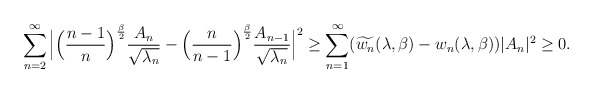
\begin{align*}{}\displaystyle\sum_{n=2}^{\infty}\Big|\Big(\frac{n-1}{n}\Big)^{\frac{\beta}{2}}\frac{A_n}{\sqrt{\lambda_{n}}}-\Big(\frac{n}{n-1}\Big)^{\frac{\beta}{2}}\frac{A_{n-1}}{\sqrt{\lambda_{n}}}\Big|^{2}& \geq \displaystyle\sum_{n=1}^{\infty}(\widetilde{w_{n}}(\lambda,\beta)-w_{n}(\lambda,\beta))|A_{n}|^{2} \geq 0.\end{align*}